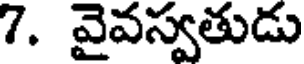
7. వైవస్వతుడు